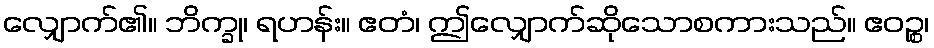
လျှောက်၏။ ဘိက္ခု၊ ရဟန်း။ ဧတံ၊ ဤလျှောက်ဆိုသောစကားသည်။ ဧဝဉ္စ၊